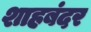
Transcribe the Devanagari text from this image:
शाहबंदर